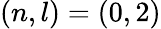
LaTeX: (n,l)=(0,2)